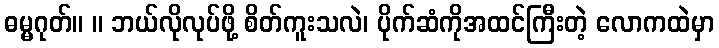
ဓမ္မဂုတ်။ ။ ဘယ်လိုလုပ်ဖို့ စိတ်ကူးသလဲ၊ ပိုက်ဆံကိုအထင်ကြီးတဲ့ လောကထဲမှာ